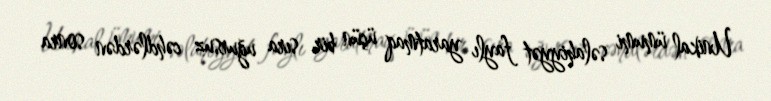
Unikal ümumi səlahiyyət faylı yaratmaq üçün bir sıra uğursuz cəhdlərdən sonra